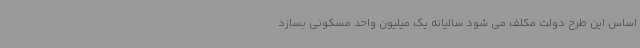
اساس این طرح دولت مکلف می شود سالیانه یک میلیون واحد مسکونی بسازد